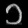
Digit: ၁